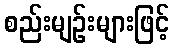
စည်းမျဉ်းများဖြင့်